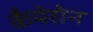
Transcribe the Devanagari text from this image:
कैमेरोन